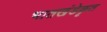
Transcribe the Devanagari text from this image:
भातखंडेकृत